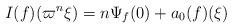
LaTeX: \begin{align*} I(f)(\varpi^n\xi)=n\Psi_f(0)+a_0(f)(\xi) \end{align*}